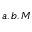
a , b , M